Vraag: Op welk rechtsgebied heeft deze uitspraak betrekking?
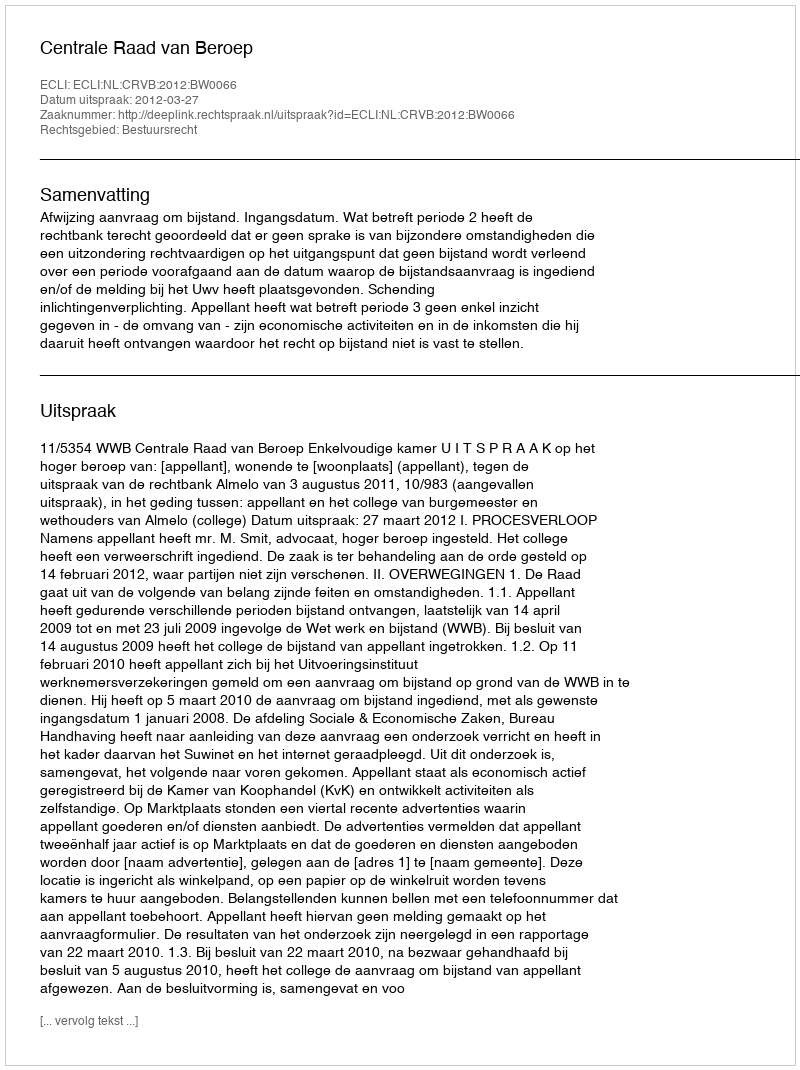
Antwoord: Bestuursrecht